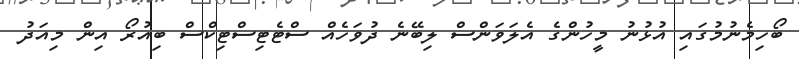
ބޯހިމެނުމުގައި އުޅުނު މީހުންގެ އެލަވަންސް ލިބޭނެ ދުވަހެއް ސްޓެޓިސްޓިކްސް ބިއުރޯ އިން މިއަދު